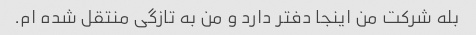
بله شرکت من اینجا دفتر دارد و من به تازگی منتقل شده ام.